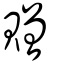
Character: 贈